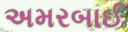
અમરબાઈ